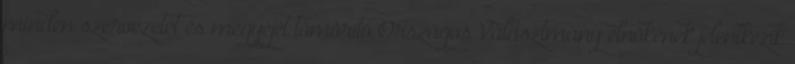
minden szervezetét és megyéjét tömörítő Országos Választmány elnökének jelentkezik